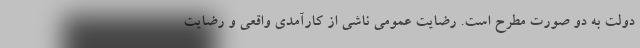
دولت به دو صورت مطرح است. رضایت عمومی ناشی از کارآمدی واقعی و رضایت